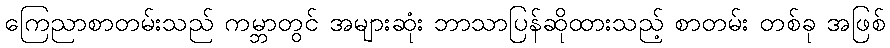
ကြေညာစာတမ်းသည် ကမ္ဘာတွင် အများဆုံး ဘာသာပြန်ဆိုထားသည့် စာတမ်း တစ်ခု အဖြစ်